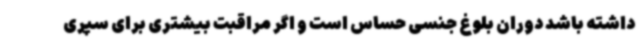
داشته باشد دوران بلوغ جنسی حساس است و اگر مراقبت بیشتری برای سپری